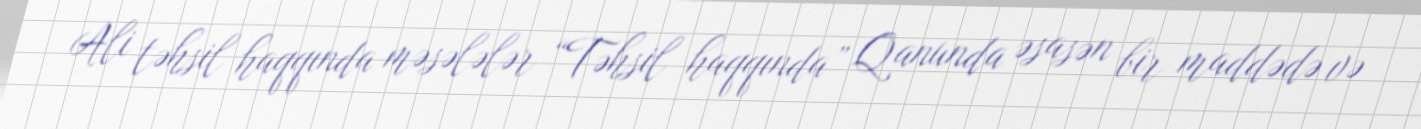
Ali təhsil haqqında məsələlər “Təhsil haqqında” Qanunda əsasən bir maddədə və